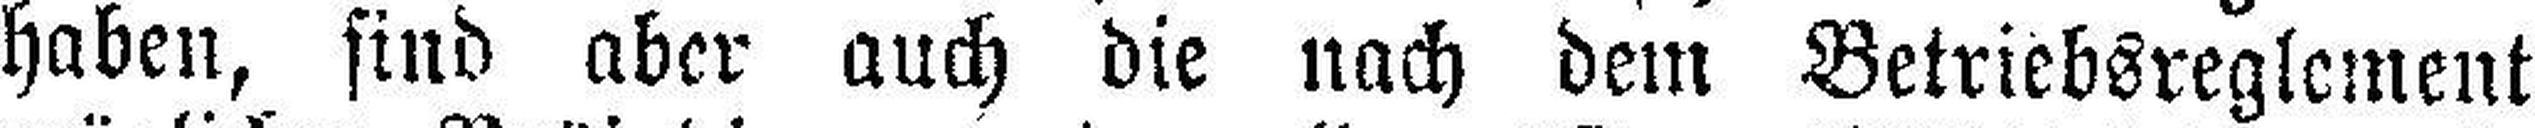
haben, sind aber auch die nach dem Betriebsreglement